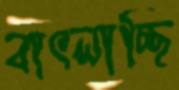
বাৎলাচ্ছি